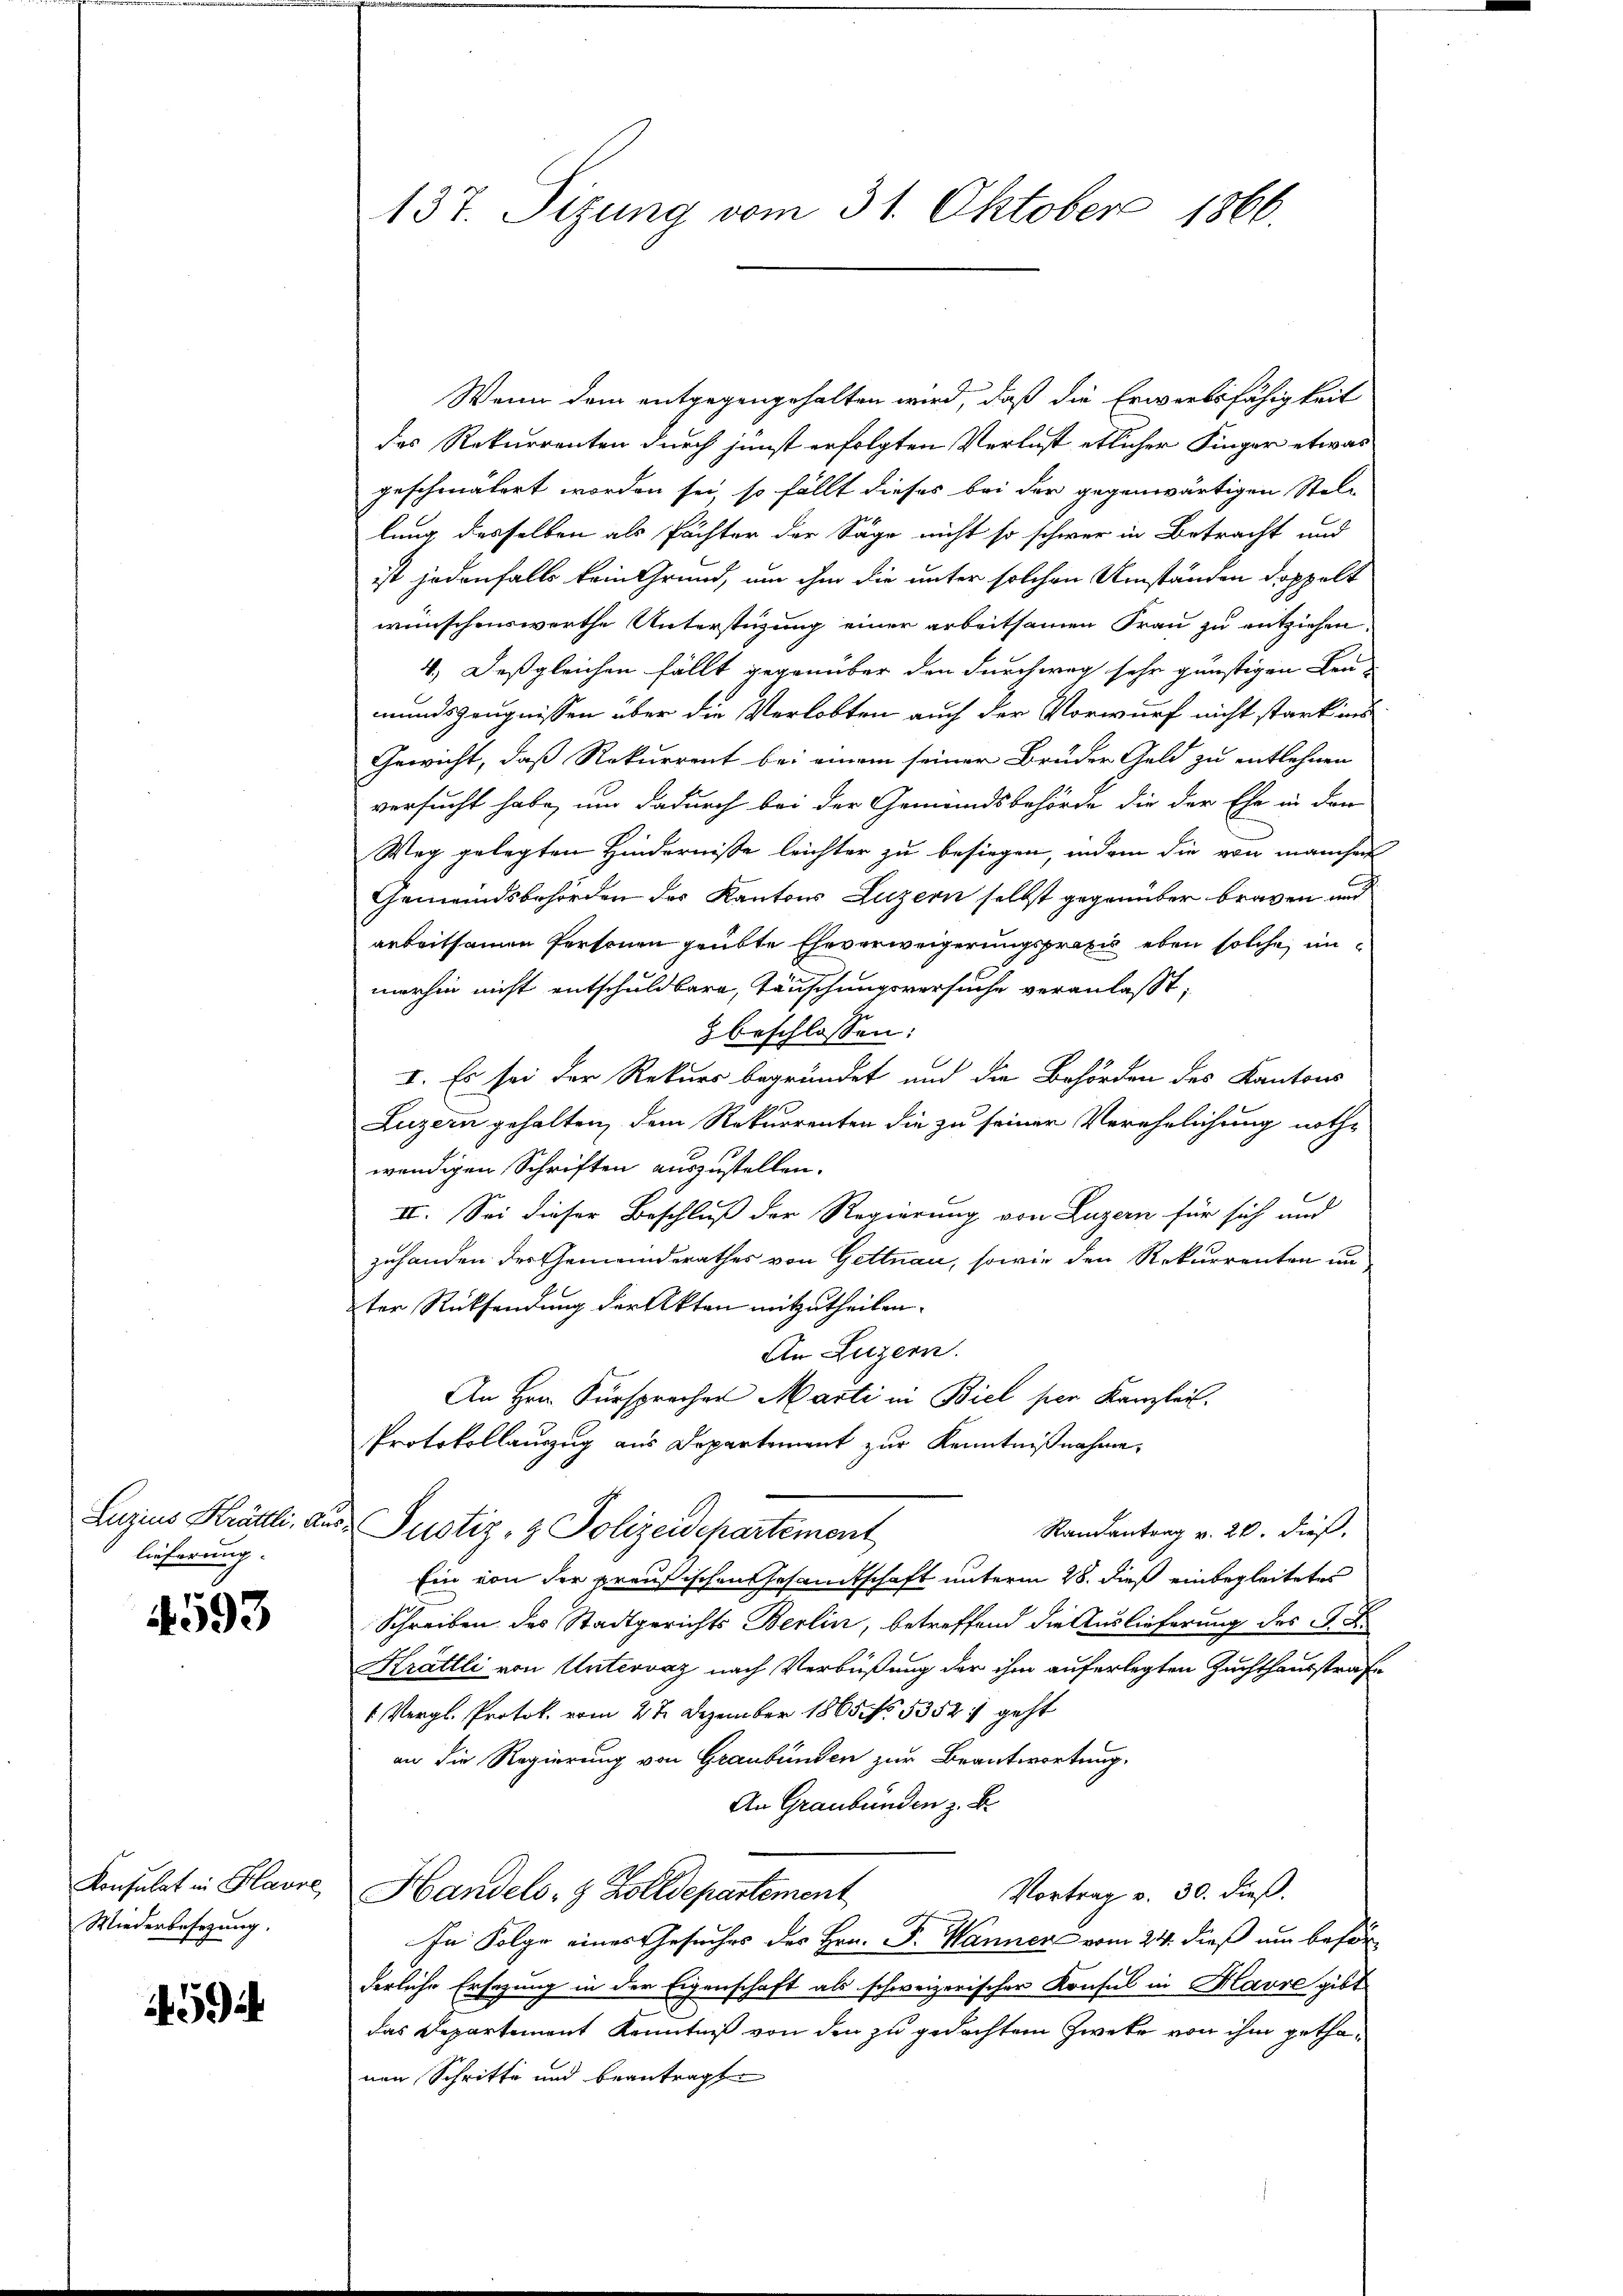
Luzius Krättli. Aus
lieferung.

4593

Konsulat in Havre
Wiederbesetzung.

5

137. Sizung vom 31. Oktober 1866.

Wenn dem entgegengehalten wird, daß die Erwerbsfähigkeit
das Rekurrenten durch junst erfolgten Verlust etlicher Finger etwas
geschmälert worden sei, so fällt dieses bei der gegenwärtigen Stel-
lung desselben als Pächter der Säge nicht so schwer in Betracht und
ist jedenfalls kein Grund, um ihm die unter solchen Umständen doppelt
wünschenswerthe Unterstüzung einer arbeitsamen Frau zu entziehen.
4. Deßgleichen fällt gegenüber den durchweg sehr günstigen Leu-
mundszeugnissen über die Verlobten auch der Vorwurf nicht stark ins
Gewicht, daß Rekurrent bei einem seiner Brüder Geld zu entlehnen
versucht habe, um dadurch bei der Gemeindsbehörde die der Ehe in den
Weg gelegten Hindernisse leichter zu besiegen, indem die von manchen
Gemeindsbehörden der Kantons Luzern selbst gegenüber braven und
arbeitsamen Personen geübte Eheverweigerungspraxis eben solche, inmerhin nicht entschuldbare, Täuschungsversuche veranlasst,
z beschlossen:
I. Es sei der Rekurs begründet und die Behörden des Kantons
Luzern gehalten, dem Rekurrenten die zu seiner Verehelährung noth-
wendigen Schriften auszustellen.
II. Sei dieser Beschluß der Regierung von Luzern für sich und
zuhanden der Gemeinderathes von Gettnau, sowie den Rekurrenten un
ter Rücksendung der Akten mitzutheilen.
An Luzern.
An Hrn. Fürsprecher Marti in Biel per Kanzlei.
Protokollauszug aus Departement zur Kenntnißnahme.
Randantrag v. 20. dieß.
Justiz- & Polizeidepartement
Ein von der preußischen Gesamtschaft unterm 28. dieß einbegleitetes
Schreiben des Stadtgerichts Berlin, betreffend die Auslieferung des G. B.
Krättli von Untervaz nach Verbüßung der ihm auferlegten Zuchthausstrafe
1 Vergl. Protok. vom 27. Dezember 1865 No 5352, geht
an die Regierung von Graubünden zur Beantwortung,
An Graubünden z. B.
Vortrag v. 30. dieß.
Handels- & Zolldepartement
In Folge eines Gesuches des Hrn. F. Hannen vom 24. dieß um beför
derliche Ersezung in der Eigenschaft als schweizerischer Konsul in Klavre gibt
das Departement Kenntniß von den zu gedachtem Zweke von ihm gethanen Schritte und beantragte